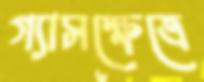
গ্যাসক্ষেত্রে